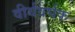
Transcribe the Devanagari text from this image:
वीर्यवर्घक